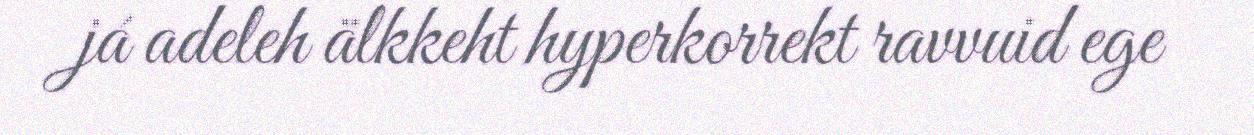
já adeleh älkkeht hyperkorrekt ravvuid ege